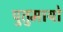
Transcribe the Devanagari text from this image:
पुतुमायो